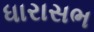
ધારાસભ